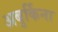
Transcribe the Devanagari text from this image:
अबुर्किना